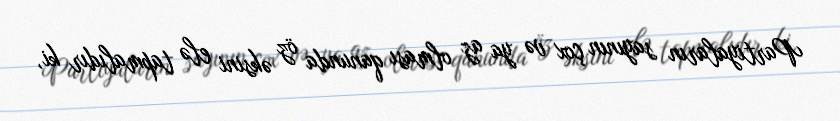
Partiyaların sayının çox və ya az olması qanunda öz əksini elə tapmalıdır ki,